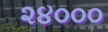
૨૪૦૦૦